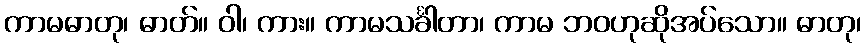
ကာမဓာတု၊ ဓာတ်။ ဝါ၊ ကား။ ကာမသင်္ခါတာ၊ ကာမ ဘဝဟုဆိုအပ်သော။ ဓာတု၊